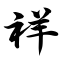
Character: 祥